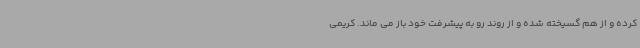
کرده و از هم گسیخته شده و از روند رو به پیشرفت خود باز می ماند. کریمی